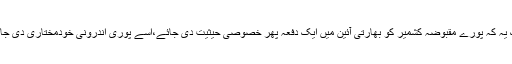
ایک یہ کہ پورے مقبوضہ کشمیر کو بھارتی آئین میں ایک دفعہ پھر خصوصی حیثیت دی جائے،اسے پوری اندرونی خودمختاری دی جائے۔